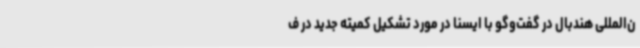
ن‌المللی هندبال در گفت‌وگو با ایسنا در مورد تشکیل کمیته جدید در ف